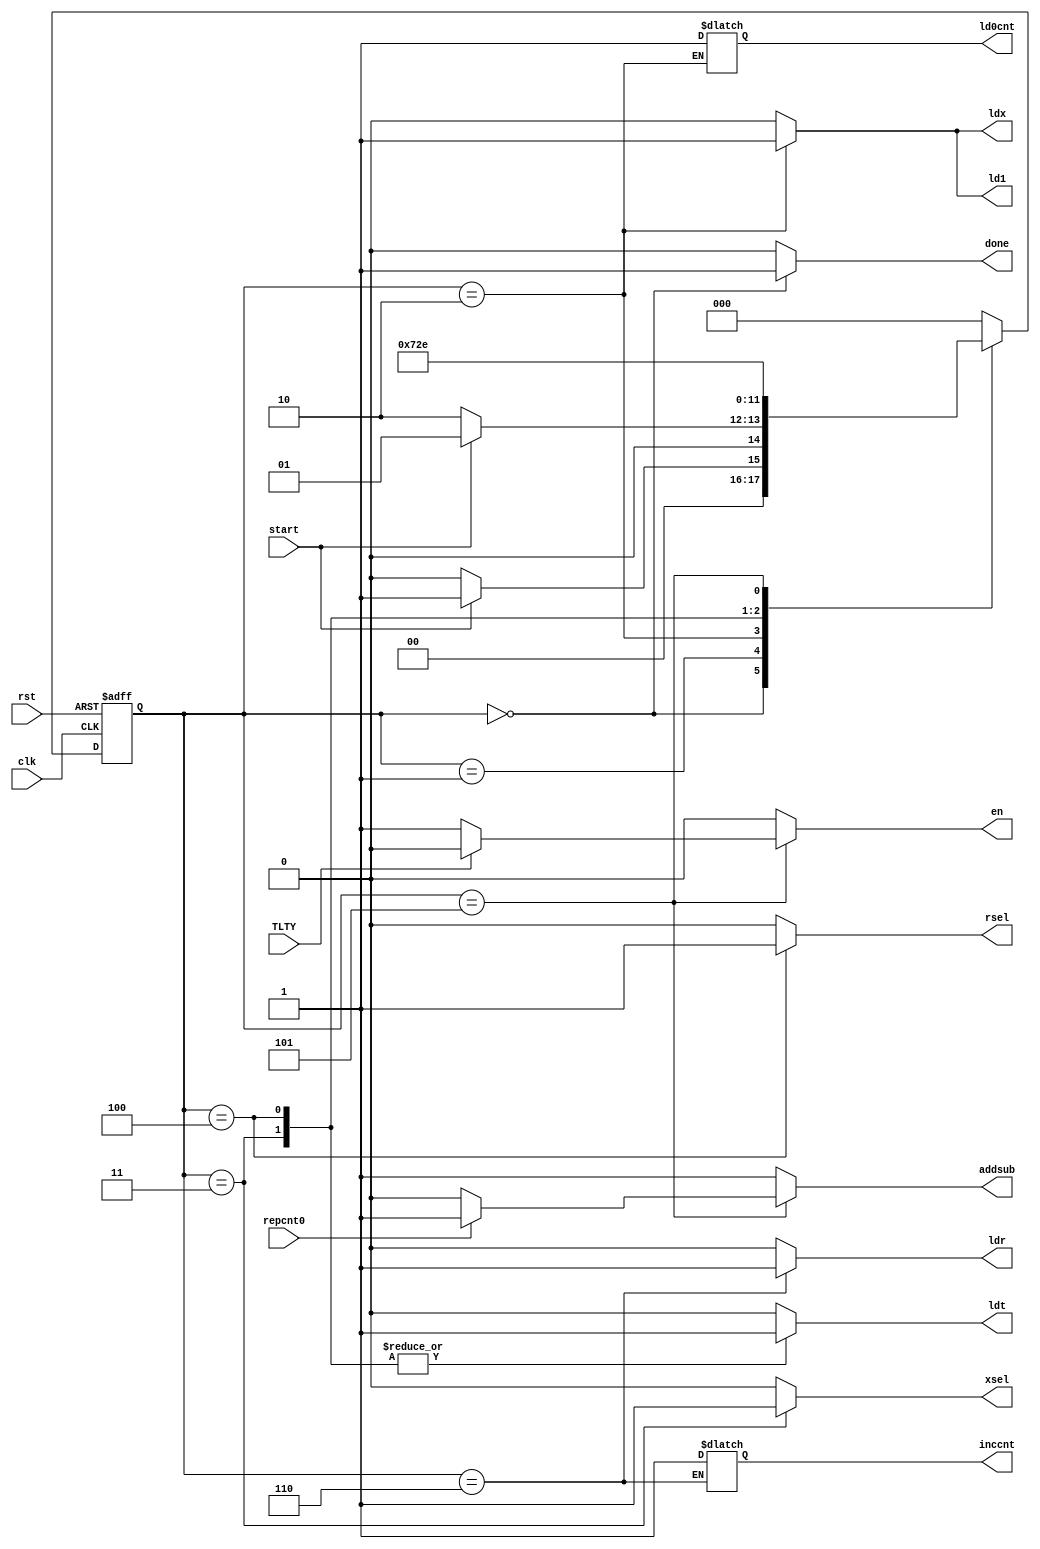
`timescale 1ns/1ns
module coscnt(input clk,rst,TLTY,repcnt0,start,output reg done,ldx,rsel,xsel,ldt,ld1,ldr,en,addsub,inccnt,ld0cnt);
reg [2:0]ps,ns;
always@(TLTY,repcnt0,start,ps) begin
done = 0; ldx=0; rsel=0; xsel=0; ldt=0; ld1=0; ldr=0; en=0; addsub=1'b 1;
ns=3'b 0;
case(ps)
  3'b 000:begin done=1'b 1; if(~start) ns=3'b 000; else ns=3'b 001; end
  3'b 001:begin if(start) ns=3'b 001; else ns=3'b 010; end
  3'b 010:begin {ldx,ld1,ld0cnt}=3'b 111; ns=3'b 011; end
  3'b 011:begin {xsel,ldt}=2'b 11; ns=3'b 100; end
  3'b 100:begin {rsel,ldt}=2'b 11; ns=3'b 101; end
  3'b 101:begin addsub=repcnt0?1:0; en=TLTY?0:1; ns=3'b 110; end
  3'b 110:begin {ldr,inccnt}=2'b 11; ns=en ? 3'b 011: 3'b 000; end
  default ns=3'b 000;
endcase
end
always@(posedge clk,posedge rst) begin
if(rst) ps<= 3'b 000;
else ps<=ns;
end
endmodule